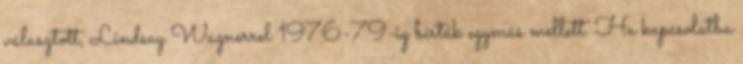
választott, Lindsay Wagnerrel 1976-79-ig bírták egymás mellett. Ha kapcsolatba